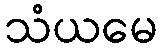
သံယမေ